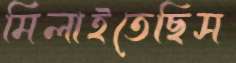
মিলাইতেছিস